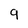
Character: 9